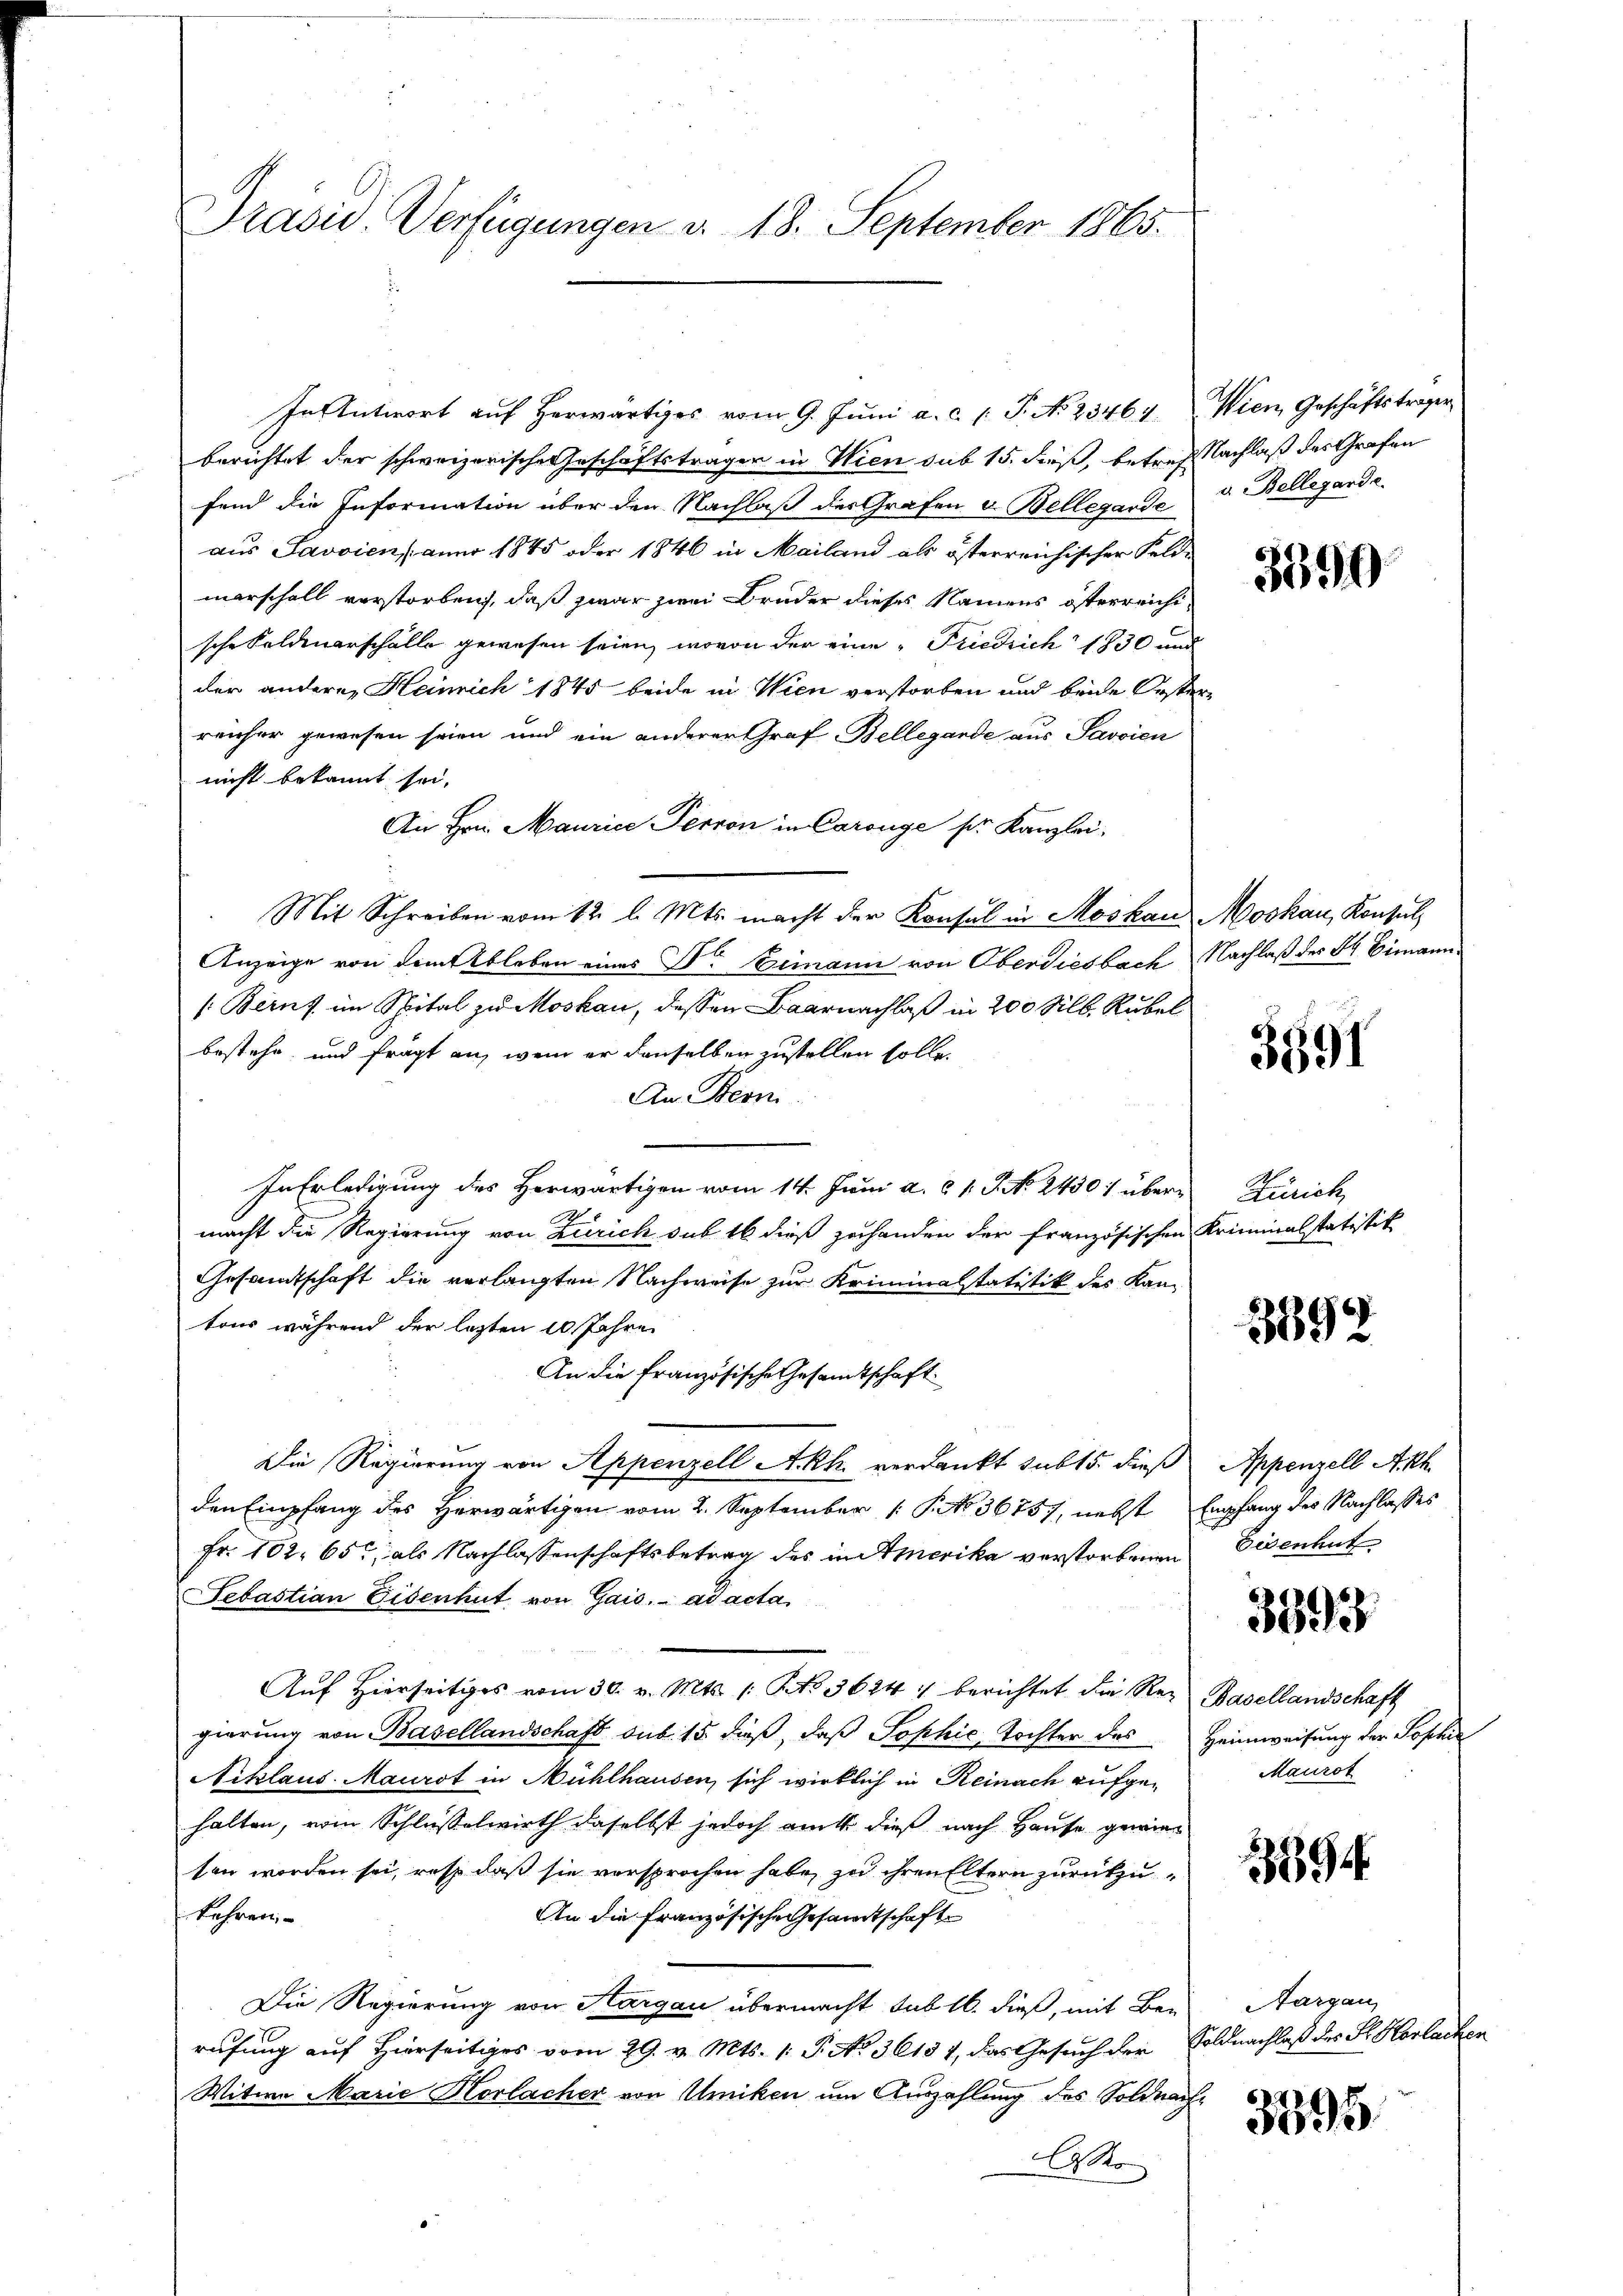
Präsid. Verfügungen d. 18. September 1865.

berichtet der schweizerische Geschäftsträger in Wien sub 15. dieß, betref Nachlaß des Grafen
fend die Information über den Nachlaß des Grafen u. Bellegarde
aus Savoien, anno 1845 oder 1846 in Mailand als österreichischer Feldmarschall verstorben, daß zwar zwei Bruder dieses Namens österreichische Feldenarschälle gewesen seien, wovon der eine „Friedrich 1830 und
der anderen Heinrich 1845 beide in Wien verstorben und beide Oesterreicher gewesen seien und ein anderer Graf Bellegande aus Savoien
nicht bekannt sei.
An Hrn. Maurice Perron in Carouge pr. Kanzlei,
Mit Schreiben vom 12. l. Mts. macht der Konsul in Moskau Moskau, Konsul
Anzeige von dem Ableben eines Dr. Bemann von Oberdiesbach Nachlaß des H. Eimann¬
[: Berns im Spital zu Moskau, dessen Baarnachlaß in 200 Silb. Rubel
bestehe, und frägt an, wenn er denselben zustellen solle.
An Bern.
In Erledigung des Herwärtigen vom 14. Juni a. c. 1 S. N. 2430) übermacht die Regierung von Zürich sub 16 dieß zuhanden der Französischen Kriminalstatistik
Gesandtschaft die verlangten Nachweise zur Kriminalstatitik des Kantons während der letzten 10 Jahre
An die Französische Gesandtschaft
Die Regierung von Appenzell Akh verdankt sub 15. dieß Appenzell Akh
den Empfang des Herwärtigen vom 2. September [§ NNo. 36757, nebst Empfang des Nachlasses
Fr. 102. 65, als Nachlassenschaftsbetrag des in Amerika verstorbenen
Sebastian Eisenhut von Gais. ad acta
Auf Hierseitiges vom 30. v. Mts. 1. No 3624. berichtet die Rez Basellandschaft
gierung von Basellandschaft sub 15. dieß, daß Sophie, Tochter des Heimweisung der Sophie
Niklaus Maurst in Mühlhausen, sich wirklich in Reinach aufgehalten, vom Schlüßelwirth daselbst jedoch auch dieß nach Hause gewiesen worden sei, res daß sie versprochen habe, zu ihren Eltern zurückzufahren
An die Französische Gesandtschaft
Die Regierung von Kargau übermacht sub 16. dieß, mit Be-
rufung auf Hierseitiges vom 29. v. Mts. 1. P. No 36157, das Gesuch der Soldnachlaß des St. Harlachen
Witwe Marie Horlacher von Umiken um Auszahlung des Soldnach
laser

In Antwort aŭf herwärtiges vom 9. Jŭni a. c. l. J. N. 23464. Wien Geschäftsträger

a. Bellegarde.

3590

3591

Zürich

3892

Eisenhut

3393

Maurot

394

Aargau,

3395